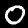
Digit: 0